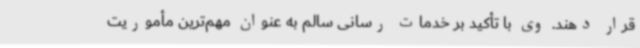
قرار دهند. وی با تأکید بر خدمات رسانی سالم به عنوان مهم‌ترین مأموریت